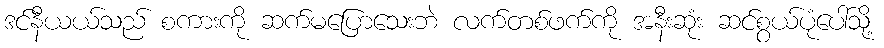
ဒင်နီယယ်သည် စကားကို ဆက်မပြောသေးဘဲ လက်တစ်ဖက်ကို အနီးဆုံး ဆင်စွယ်ပုံပေါ်သို့